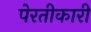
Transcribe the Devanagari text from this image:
पेरतीकारी